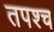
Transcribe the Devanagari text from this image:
तपश्च